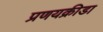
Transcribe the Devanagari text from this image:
प्रणयक्रीडा